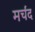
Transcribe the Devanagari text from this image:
मर्चंद